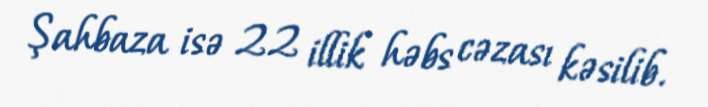
Şahbaza isə 22 illik həbs cəzası kəsilib.